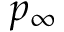
p _ { \infty }